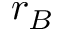
r _ { B }